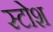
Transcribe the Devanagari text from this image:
स्टोश